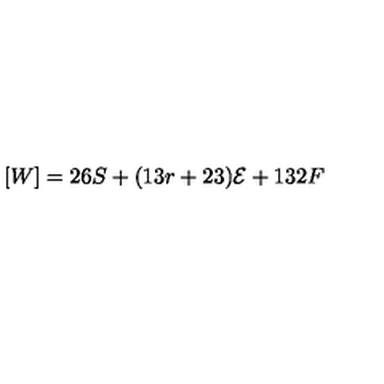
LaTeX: [ W ] = 2 6 S + ( 1 3 r + 2 3 ) { \cal { E } } + 1 3 2 F